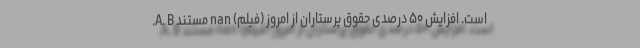
است. افزایش ۵۰ درصدی حقوق پرستاران از امروز (فیلم) nan مستند A. B.